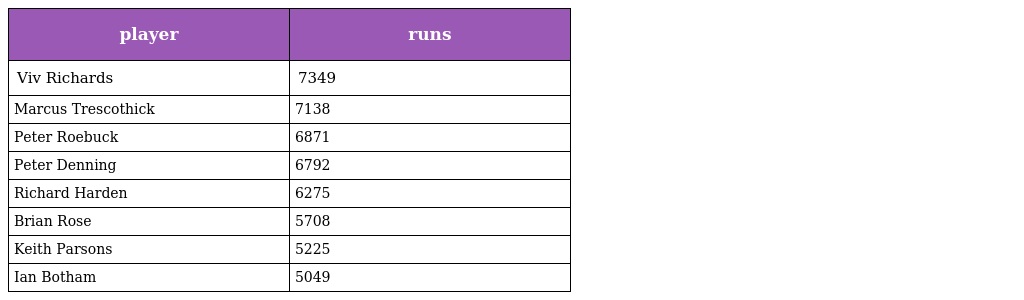
| player | runs |
 | --- | --- |
 | Viv Richards | 7349 |
 | Marcus Trescothick | 7138 |
 | Peter Roebuck | 6871 |
 | Peter Denning | 6792 |
 | Richard Harden | 6275 |
 | Brian Rose | 5708 |
 | Keith Parsons | 5225 |
 | Ian Botham | 5049 |